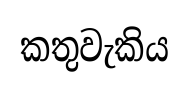
කතුවැකිය